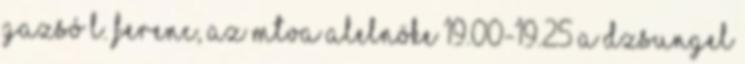
Gazsó L. Ferenc, az MTVA alelnöke 19.00-19.25 A dzsungel